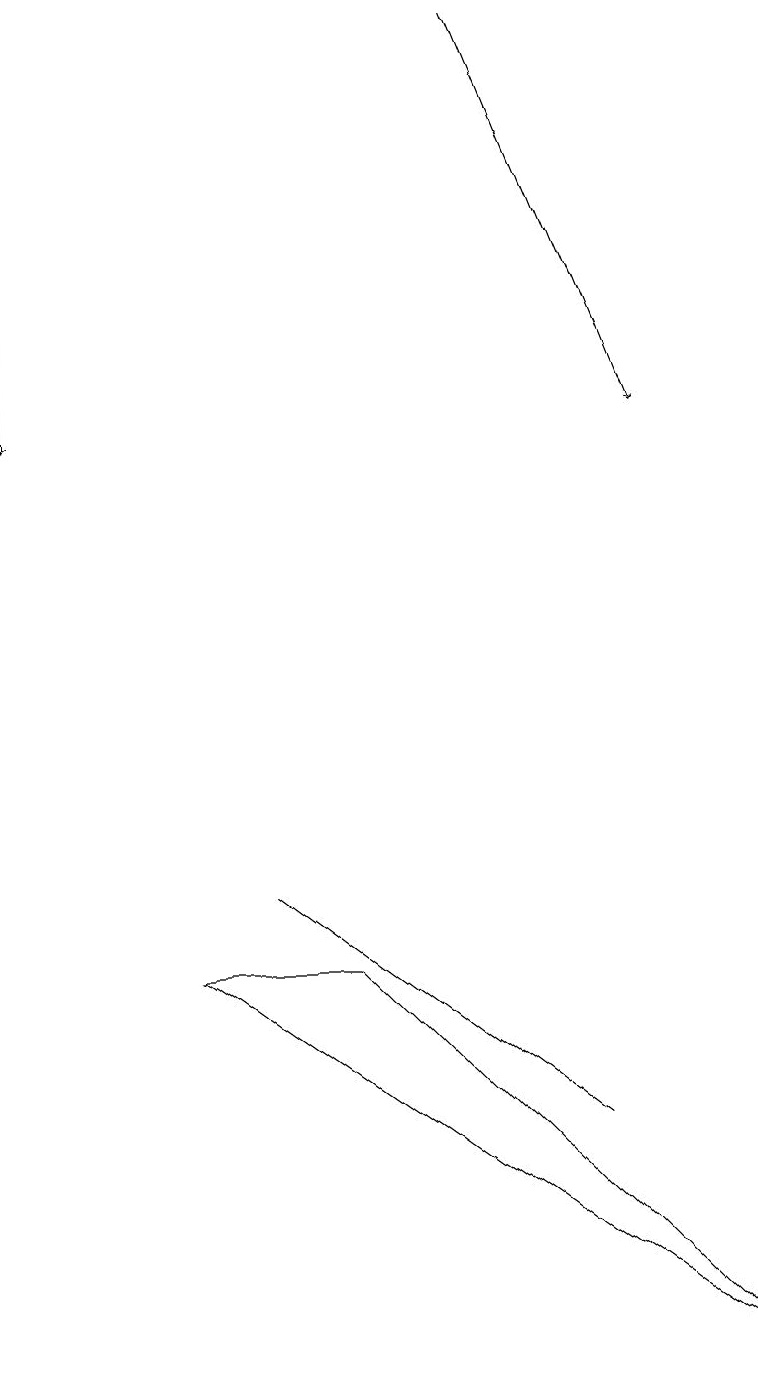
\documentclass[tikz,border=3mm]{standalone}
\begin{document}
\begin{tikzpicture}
\draw (9,2) -- (4,7) -- (2,7) -- cycle;
\draw[->] (6,19) -- (8,14);
\draw[->] (0,16) -- (0,14);
\draw (3,8) -- (3,8) -- (7,5) -- cycle;
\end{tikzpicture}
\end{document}